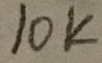
Text: 10K